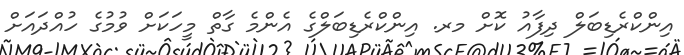
އިންކްރެޑިބަލް ދިފާއު ކޮށް މރ. އިންކްރެޑިބަލްގެ އެންމެ ގާތް މީހަކަށް ވުމުގެ ހުއްދައަށް